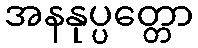
အနနုပ္ပတ္တော